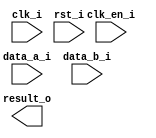
/*******************************************************************************
    Verilog netlist generated by IPGEN Radiant
    Soft IP Version: 1.0.0
    Fri Mar 09 14:39:18 2018
*******************************************************************************/
/*******************************************************************************
    Wrapper Module generated per user settings.
*******************************************************************************/
module mul16 (clk_i, clk_en_i, rst_i, data_a_i, data_b_i, result_o)/* synthesis syn_black_box syn_declare_black_box=1 */;
    input  clk_i;
    input  clk_en_i;
    input  rst_i;
    input  [15:0]  data_a_i;
    input  [15:0]  data_b_i;
    output  [31:0]  result_o;
endmodule